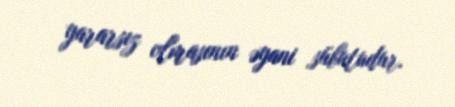
yararsız olmasının əyani sübutudur.